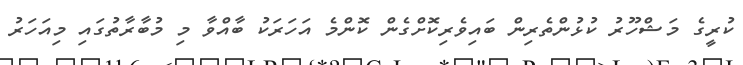
ކުރީގެ މަޝްހޫރު ކުޅުންތެރިން ބައިވެރިކޮށްގެން ކޮންމެ އަހަރަކު ބާއްވާ މި މުބާރާތުގައި މިއަހަރު